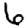
Digit: 6